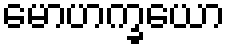
မောဟက္ခယော